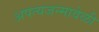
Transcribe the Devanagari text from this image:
अपत्यजन्मावेळी